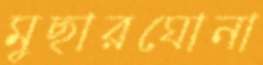
মুছারঘোনা